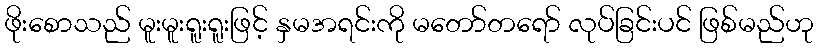
ဖိုးစောသည် မူးမူးရူးရူးဖြင့် နှမအရင်းကို မတော်တရော် လုပ်ခြင်းပင် ဖြစ်မည်ဟု